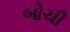
બોચી